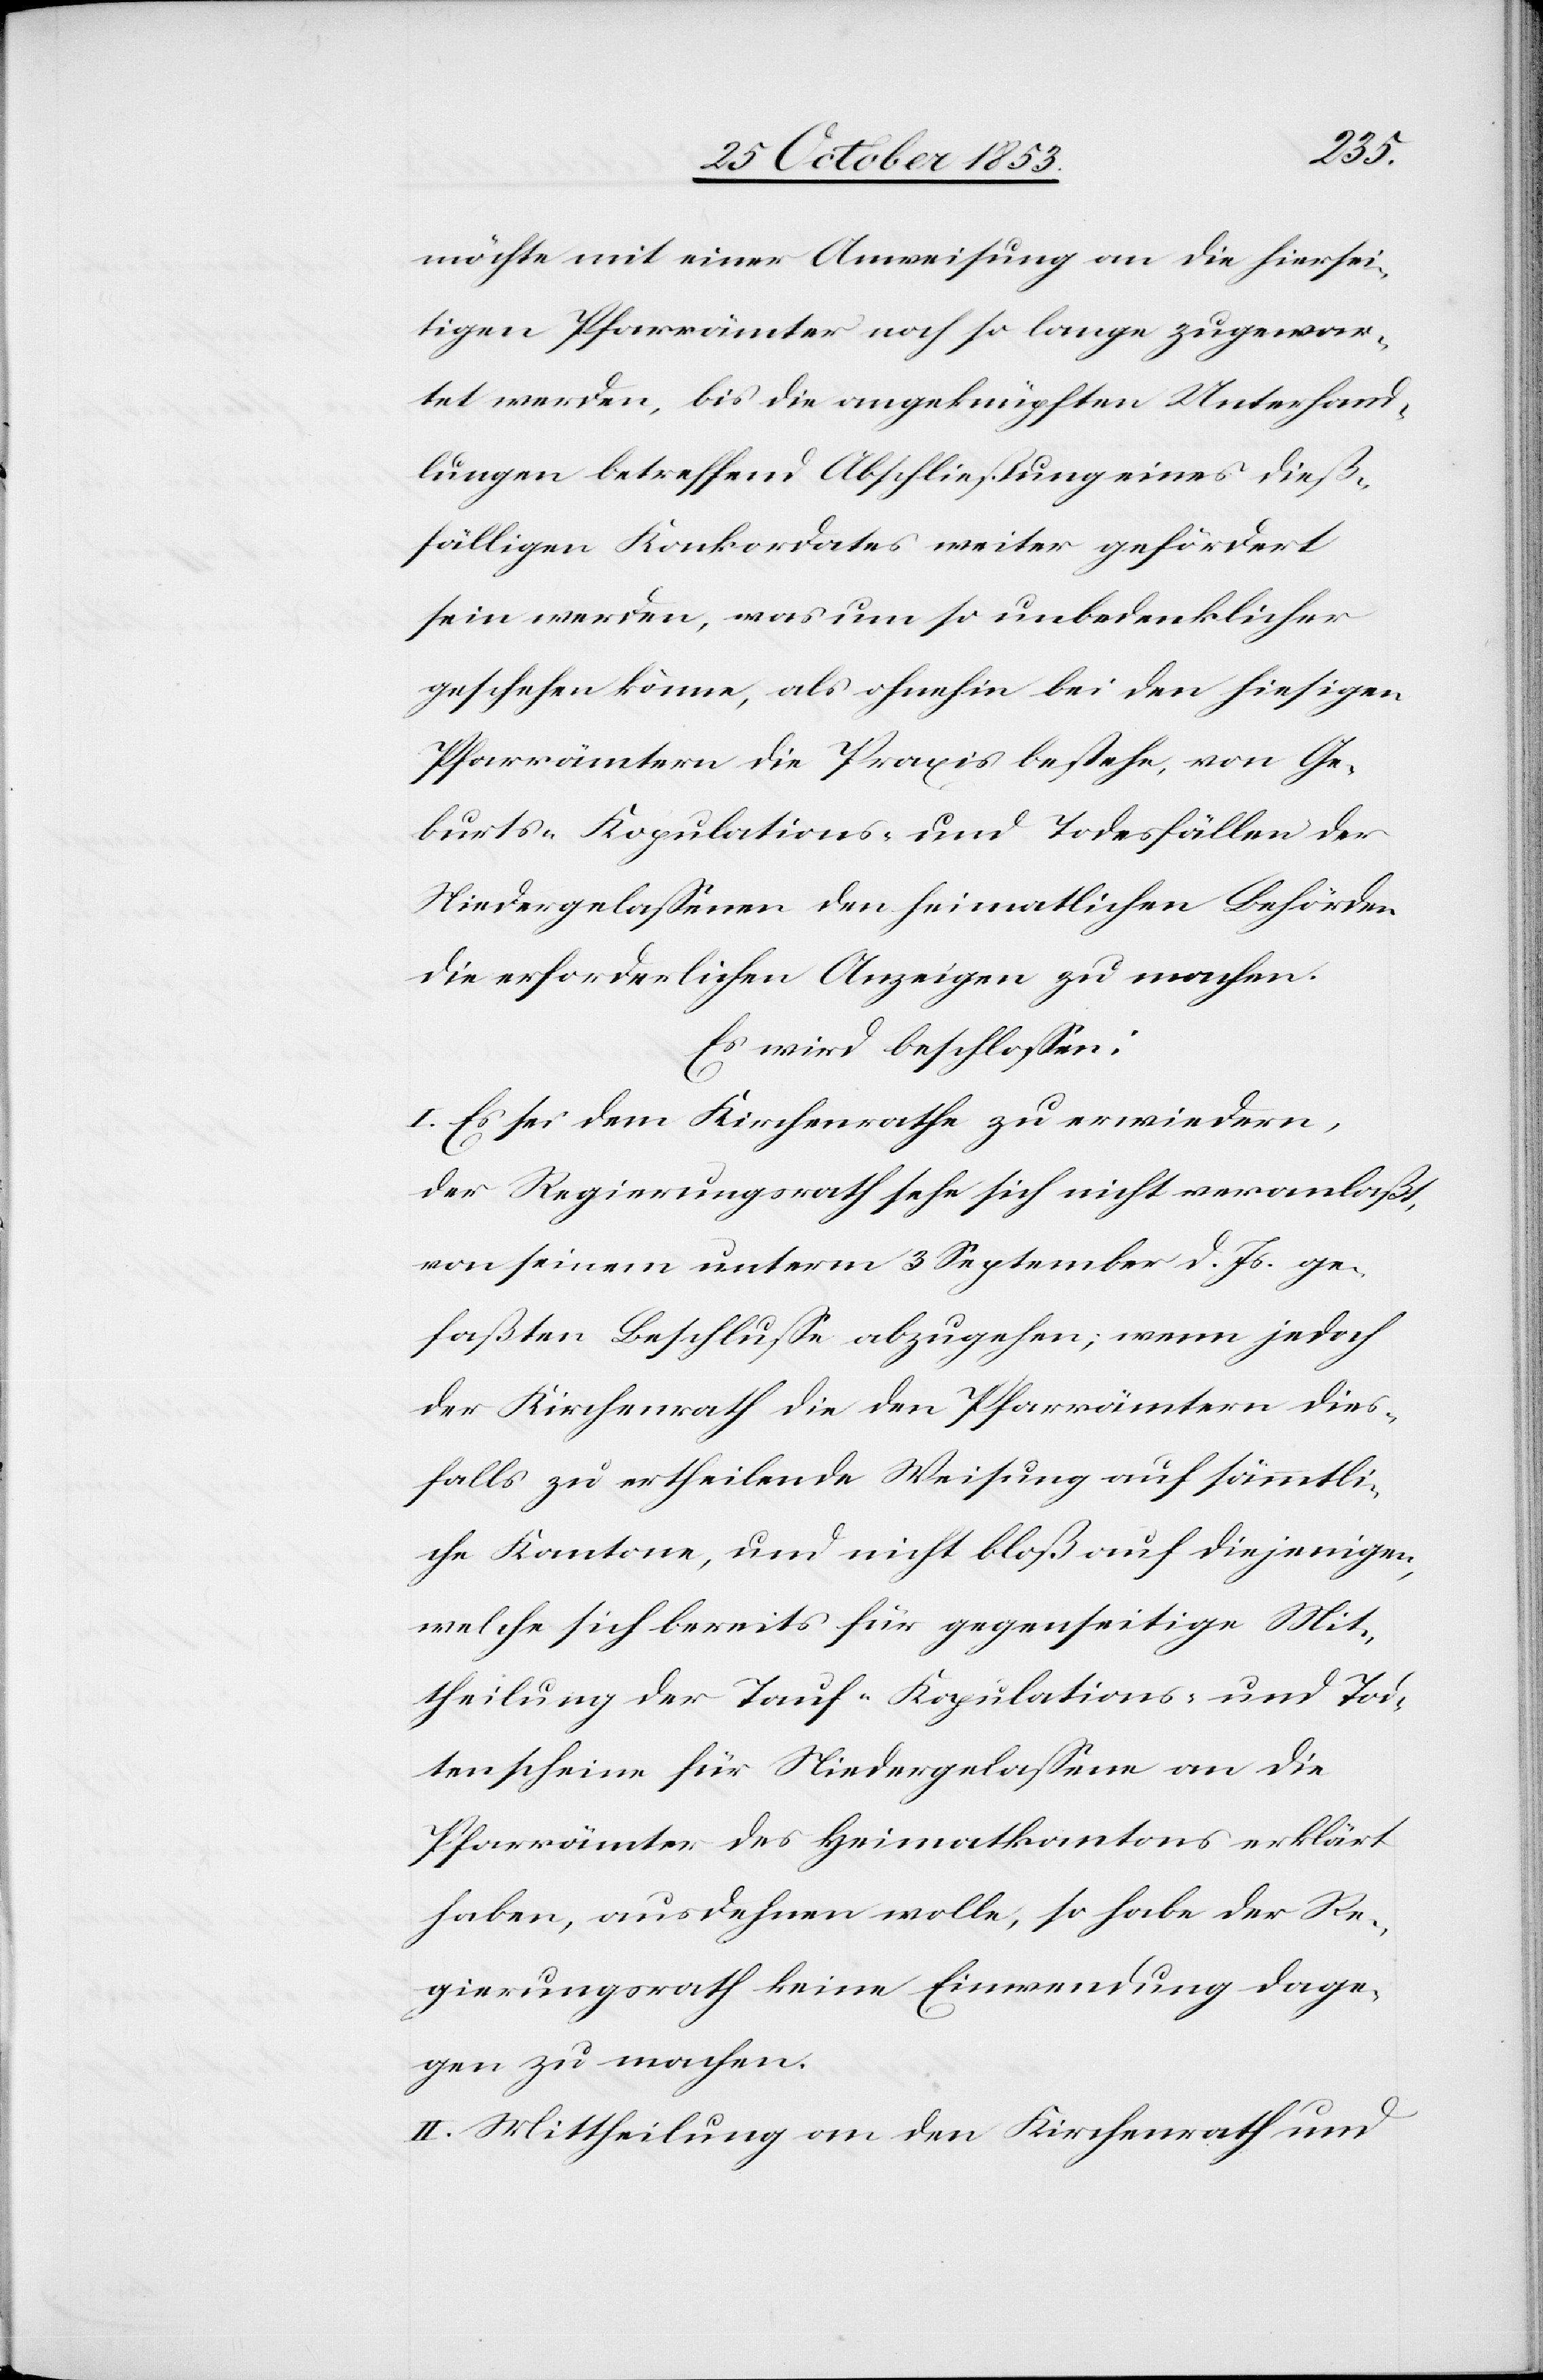
möchte mit einer Anweisung an die hies¬
igen Pfarrämter noch so lange zugewar¬
tet werden, bis die angeknüpften Unterhand¬
lungen betreffend Abschließung eines dieß¬
fälligen Konkordates weiter gefördert
sein werden, was um so unbedenklicher
geschehen könne, als ohnehin bei den hiesigen
Pfarrämtern die Praxis bestehe, von Ge¬
burts- Kopulations- und Todesfällen der
Niedergelaßenen den heimatlichen Behörden
die erforderlichen Anzeigen zu machen.
Es wird beschloßen:
I. Es sei dem Kirchenrathe zu erwiedern,
der Regierungsrath sehe sich nicht veranlaßt,
von seinem unterm 3 September d. Js. ge¬
faßten Beschluß abzugehen; wenn jedoch
der Kirchenrath die den Pfarrämtern dies¬
falls zu ertheilende Weisung auf sämmtli¬
che Kantone, und nicht bloß auf diejenigen,
welche sich bereits für gegenseitige Mit¬
theilung der Tauf- Kopulations- und Tod¬
tenscheine für Niedergelaßene an die
Pfarrämter des Heimatkantons erklärt
haben, ausdehnen wolle, so habe der Re¬
gierungsrath keine Einwendung dage¬
gen zu machen.
II. Mittheilung an den Kirchenrath und